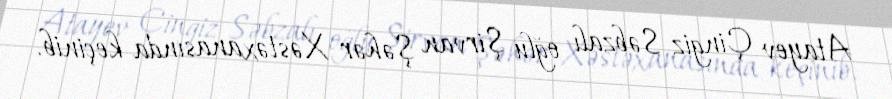
Atayev Çingiz Səbzalı oğlu Şirvan Şəhər Xəstəxanasında keçinib.